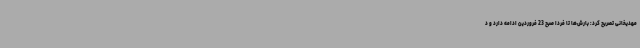
مهدیخانی تصریح کرد: بارش‌ها تا فردا صبح 23 فروردین ادامه دارد و د